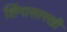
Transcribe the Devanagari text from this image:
शिंगासारखी